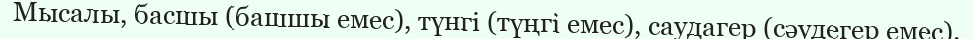
Мысалы, басшы (башшы емес), түнгі (түңгі емес), саудагер (сәудегер емес).